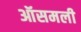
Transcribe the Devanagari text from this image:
ऑसमली